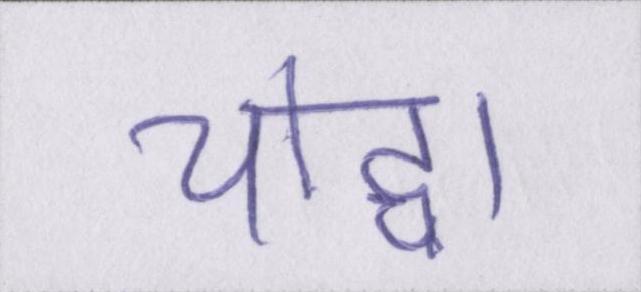
योद्धा